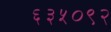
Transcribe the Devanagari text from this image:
६३५०९२